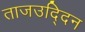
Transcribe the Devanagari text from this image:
ताजउद्दिन